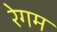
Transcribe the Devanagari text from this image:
रेगम